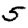
Digit: 5